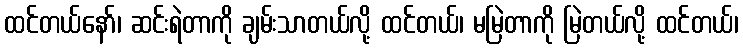
ထင်တယ်နော်၊ ဆင်းရဲတာကို ချမ်းသာတယ်လို့ ထင်တယ်၊ မမြဲတာကို မြဲတယ်လို့ ထင်တယ်၊